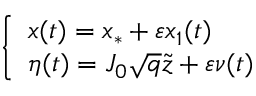
\left\{ \begin{array} { l } { \displaystyle x ( t ) = x _ { * } + \varepsilon x _ { 1 } ( t ) } \\ { \displaystyle \eta ( t ) = J _ { 0 } \sqrt { q } \tilde { z } + \varepsilon \nu ( t ) } \end{array} \right. \,